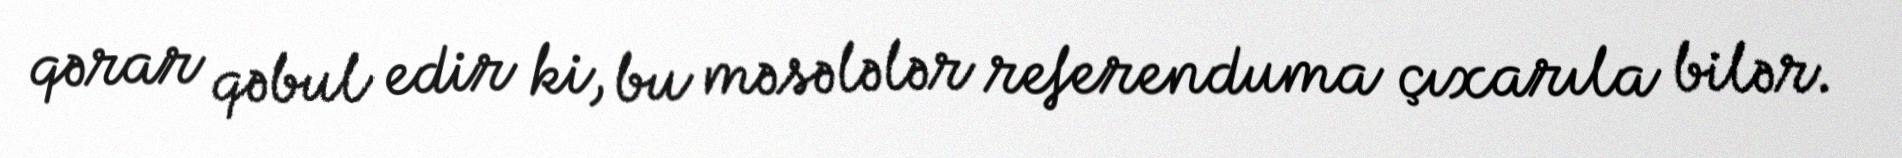
qərar qəbul edir ki, bu məsələlər referenduma çıxarıla bilər.